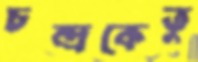
চন্দ্রকেতু